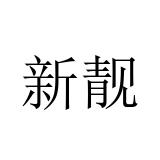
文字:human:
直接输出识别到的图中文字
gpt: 新靓